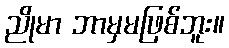
ညိုမာ ဘာမှမဖြစ်ဘူး။